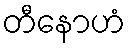
တီနောဟံ